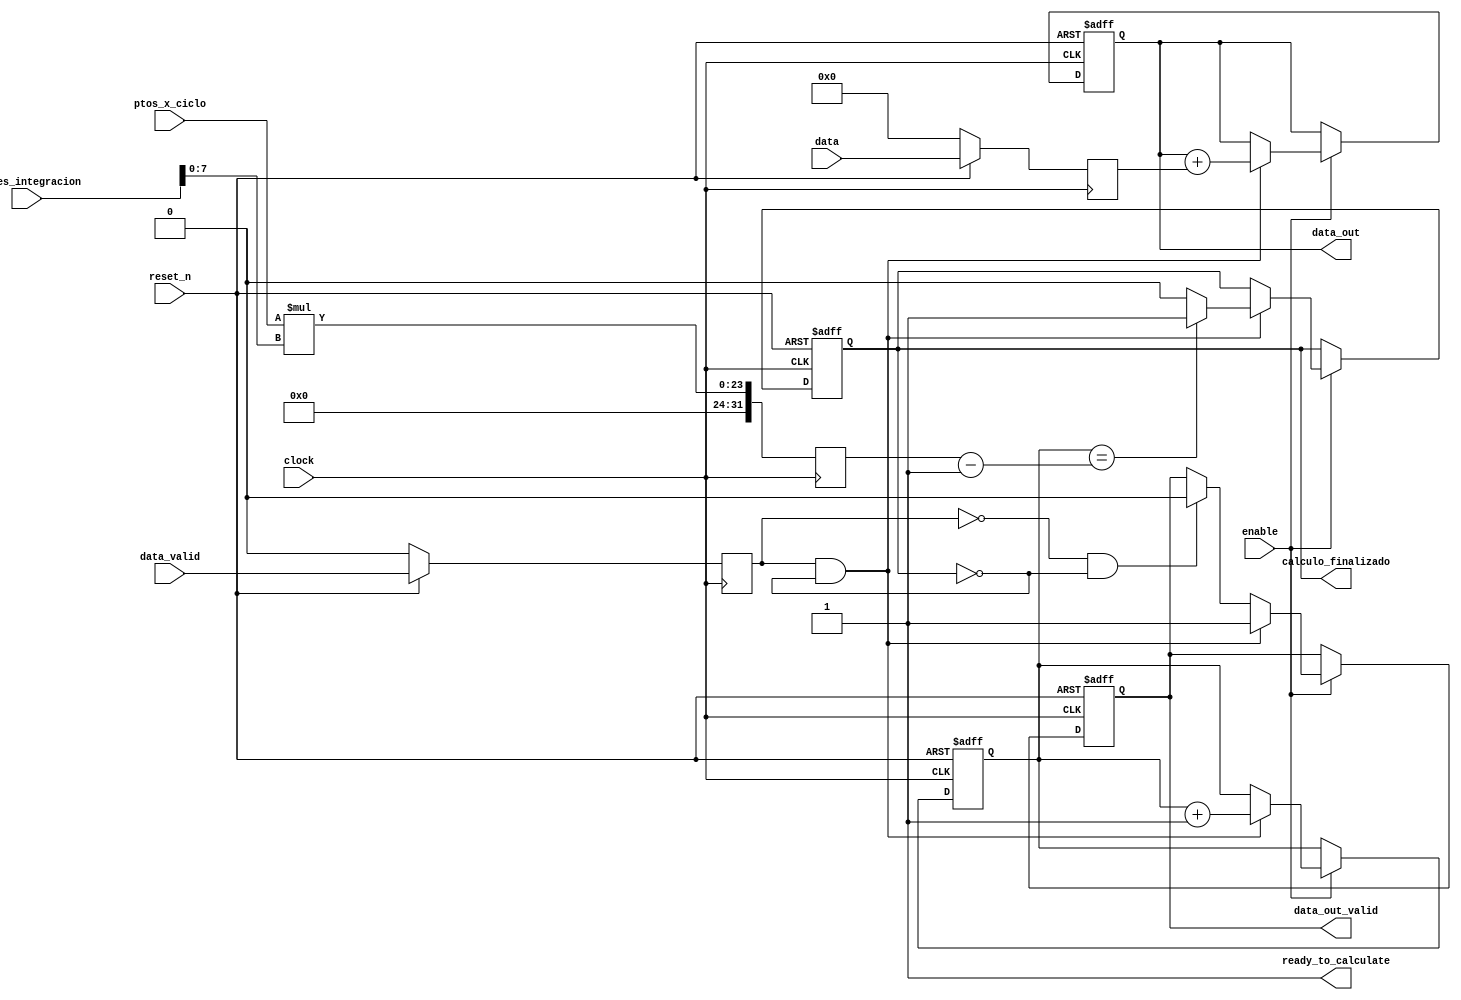

module filtro_ma(

	// Entradas de control
	input clock,
	input reset_n,
	input enable,
	
	// Parametros de configuracion
	input [15:0] ptos_x_ciclo,
	input [15:0] frames_integracion,
	
	// Entrada avalon streaming 
	input data_valid,
	input signed [63:0] data,	
		
	// Salida avalon streaming
	output signed [63:0] data_out,
	output data_out_valid,

	// Salidas auxiliares
	output ready_to_calculate,
	output calculo_finalizado

);


//=======================================================
// Parametros de configuracion 
//=======================================================


wire [15:0] M;	assign M = ptos_x_ciclo;				// Puntos por ciclo de seal
wire [7:0] N; 	assign N = frames_integracion;		// Frames de integracion // Largo del lockin M*N	

reg [63:0] acumulador;
reg [31:0] index;
reg finish,data_out_reg;

// Registro las entradas... es mas prolijo trabajar con las entradas registradas
reg signed [63:0] data_in_reg; always @ (posedge clock) data_in_reg <= (!reset_n)? 0: data;
reg data_valid_reg; always @ (posedge clock) data_valid_reg <= (!reset_n)? 0: data_valid;

reg [31:0] MxN;
	always @ (posedge clock) MxN <= M*N;


always @ (posedge clock or negedge reset_n)
begin

	if(!reset_n)
	begin		
		acumulador <= 0;
		index <= 0;		
		finish <= 0;
		data_out_reg <= 0;
	end	
	
	else if (enable)
	begin
		
		if(data_valid_reg && !finish)
		begin			
			index <= index + 1;
			acumulador <= acumulador + data_in_reg;	
			finish <= (index == MxN-1)? 1 : 0;
			data_out_reg <= 1;
		end
		else if(!data_valid_reg && !finish)
		begin
			data_out_reg <= 0;			
		end
	end		
	
end

// Salidas
assign data_out_valid = data_out_reg;
assign data_out = acumulador;
assign ready_to_calculate = 1;
assign calculo_finalizado = finish;


endmodule